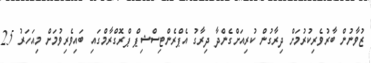
ޒުވާނުން ބާރުވެރިކުރުމަށް ދިރާގުން ކުރިއަށްގެންދާ ދިރާގު އެޕްރެންޓިސްޝިޕް ޕްރޮގްރާމްގައި ބައިވެރިވުމަށް މިއަހަރު 25